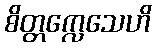
စိတ္တက္လေသေဟိ